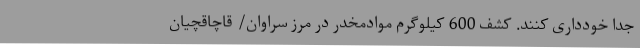
جدا خودداری کنند. کشف 600 کیلوگرم موادمخدر در مرز سراوان/ قاچاقچیان